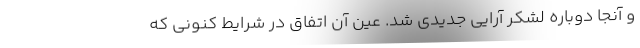
و آنجا دوباره لشکر آرایی جدیدی شد. عین آن اتفاق در شرایط کنونی که